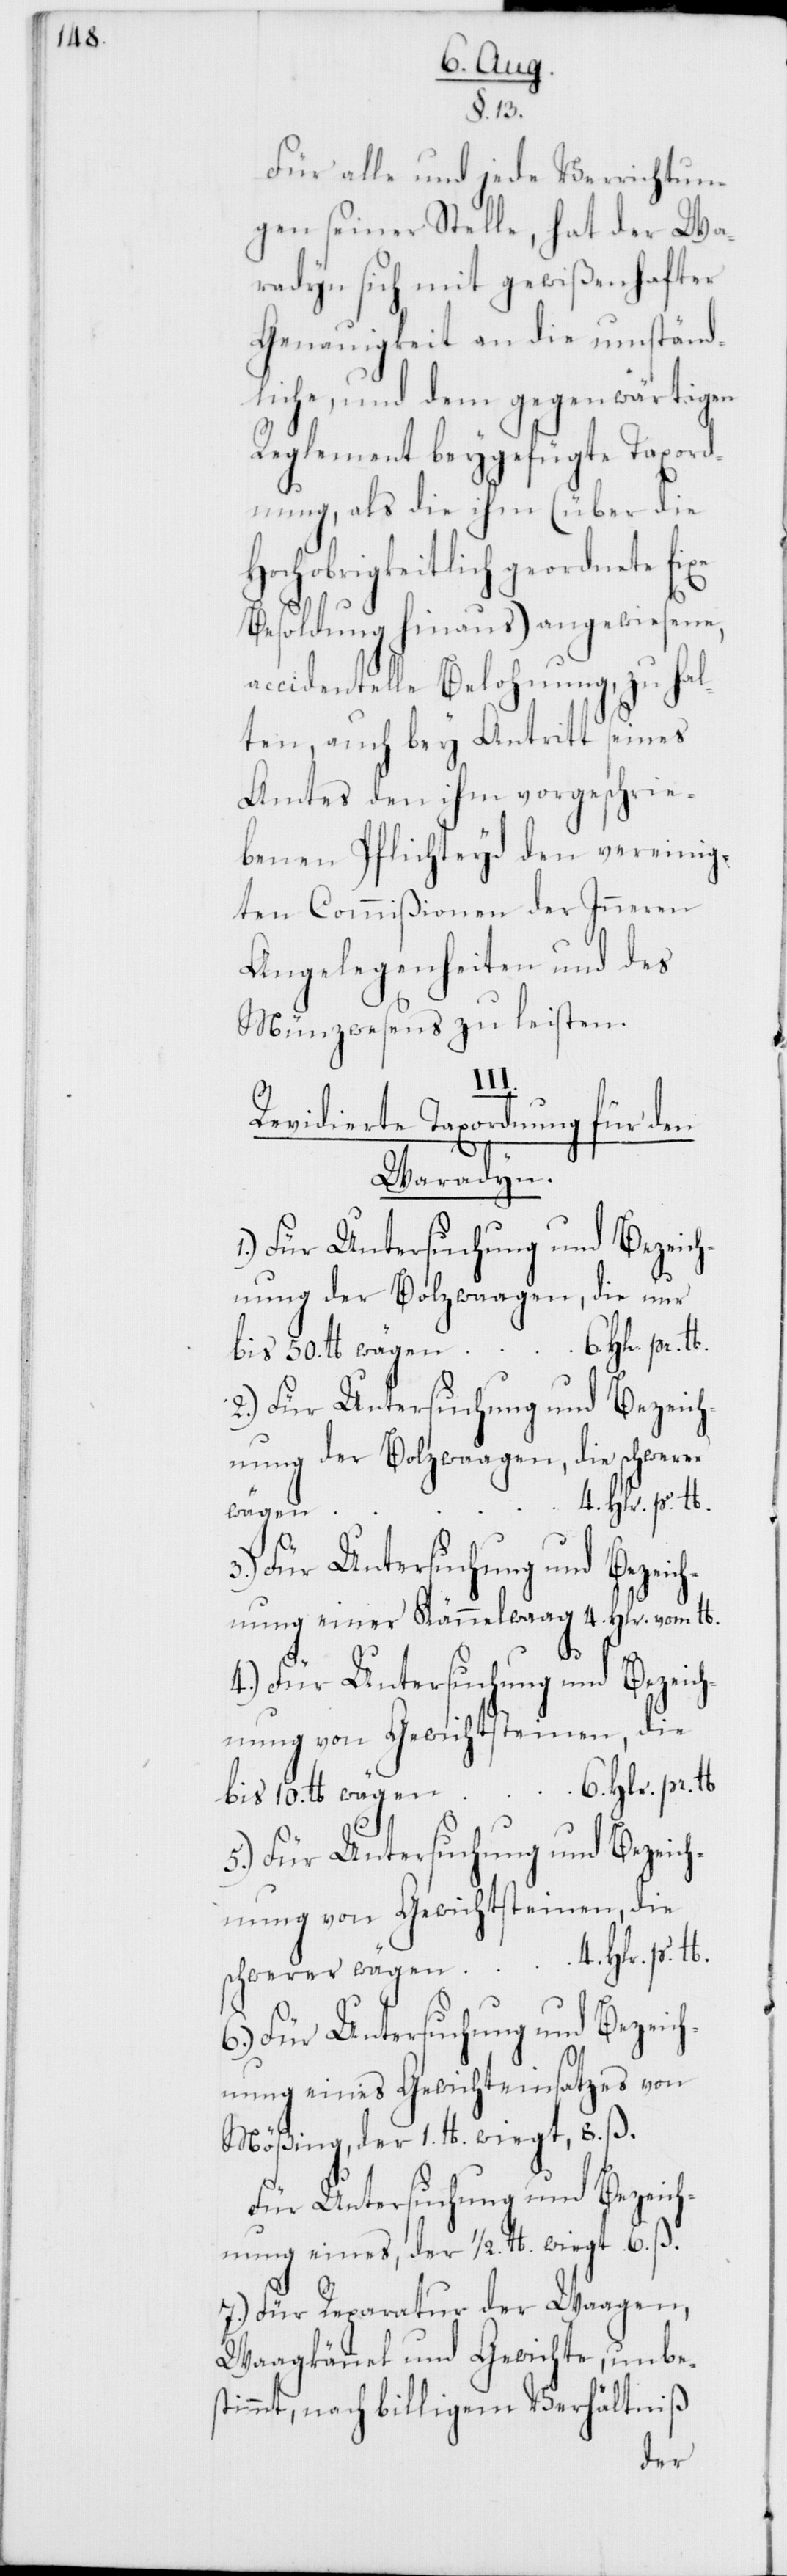
50.
Für alle und jede Verrichtun¬
gen seiner Stelle, hat der Wa¬
radyn sich mit gewißenhafter
Genauigkeit an die umständ¬
liche, und dem gegenwärtigen
Reglement beygefügte Taxord¬
nung, als die ihm (über die
hnung einer Kännelwaag
Besoldung hinaus) angewiesene,
accidentelle Belohnung, zu hal¬
ten, auch bey Antritt seines
Amtes den ihm vorgeschrie¬
benen Pflichteid den vereinig¬
ten Commißionen der Inneren
Angelegenheiten und des
Münzwesens zu leisten.
4.
Revidierte Taxordnung für den
Waradyn.
nung der Bolzwaagen, die s¬
3.) für Untersuchung und Bezeic¬
wägen
4.) für Untersuchung und Bezeich¬
nung von Gewichtsteinen, die
5.) Für Untersuchung und Bezeich¬
nung von Gewichtsteinen, die
schwerer wägen
6.) Für Untersuchung und Bezeich¬
nung eines Gewichteinsatzes von
Mößing, der 1. lb. wiegt, 8. ß.
Für Untersuchung und Bezeich¬
nung eines, der 1/2. lb. wiegt, 6. ß.
7.) Für Reparatur der Waagen,
Waagkännel und Gewichte, unbes¬
timmt, nach billigem Verhältniß